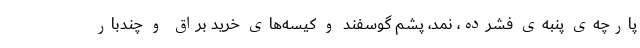
پارچه‌ی پنبه‌ی فشرده، نمد، پشم گوسفند و کیسه‌های خرید براق و چندبار